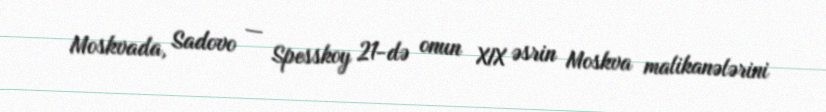
Moskvada, Sadovo — Spesskoy 21-də onun XIX əsrin Moskva malikanələrini